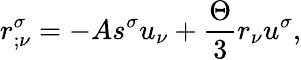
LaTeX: r_{;\nu}^{\sigma}=-As^{\sigma}u_{\nu}+\frac{\Theta}{3}r_{\nu}u^{\sigma},